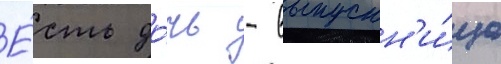
Е́сть до́чь - выпускн'и́ца